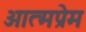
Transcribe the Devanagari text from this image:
आत्मप्रेम